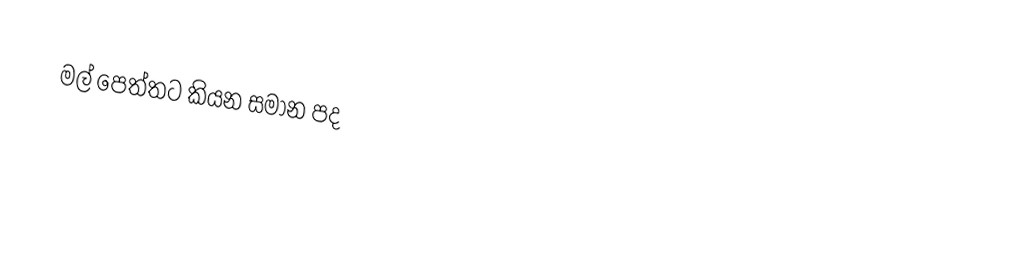
මල්  පෙත්තට  කියන සමාන  පද